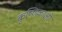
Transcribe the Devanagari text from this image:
कृष्णिकाओं